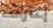
إعتراف